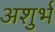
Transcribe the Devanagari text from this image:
अशुर्भ